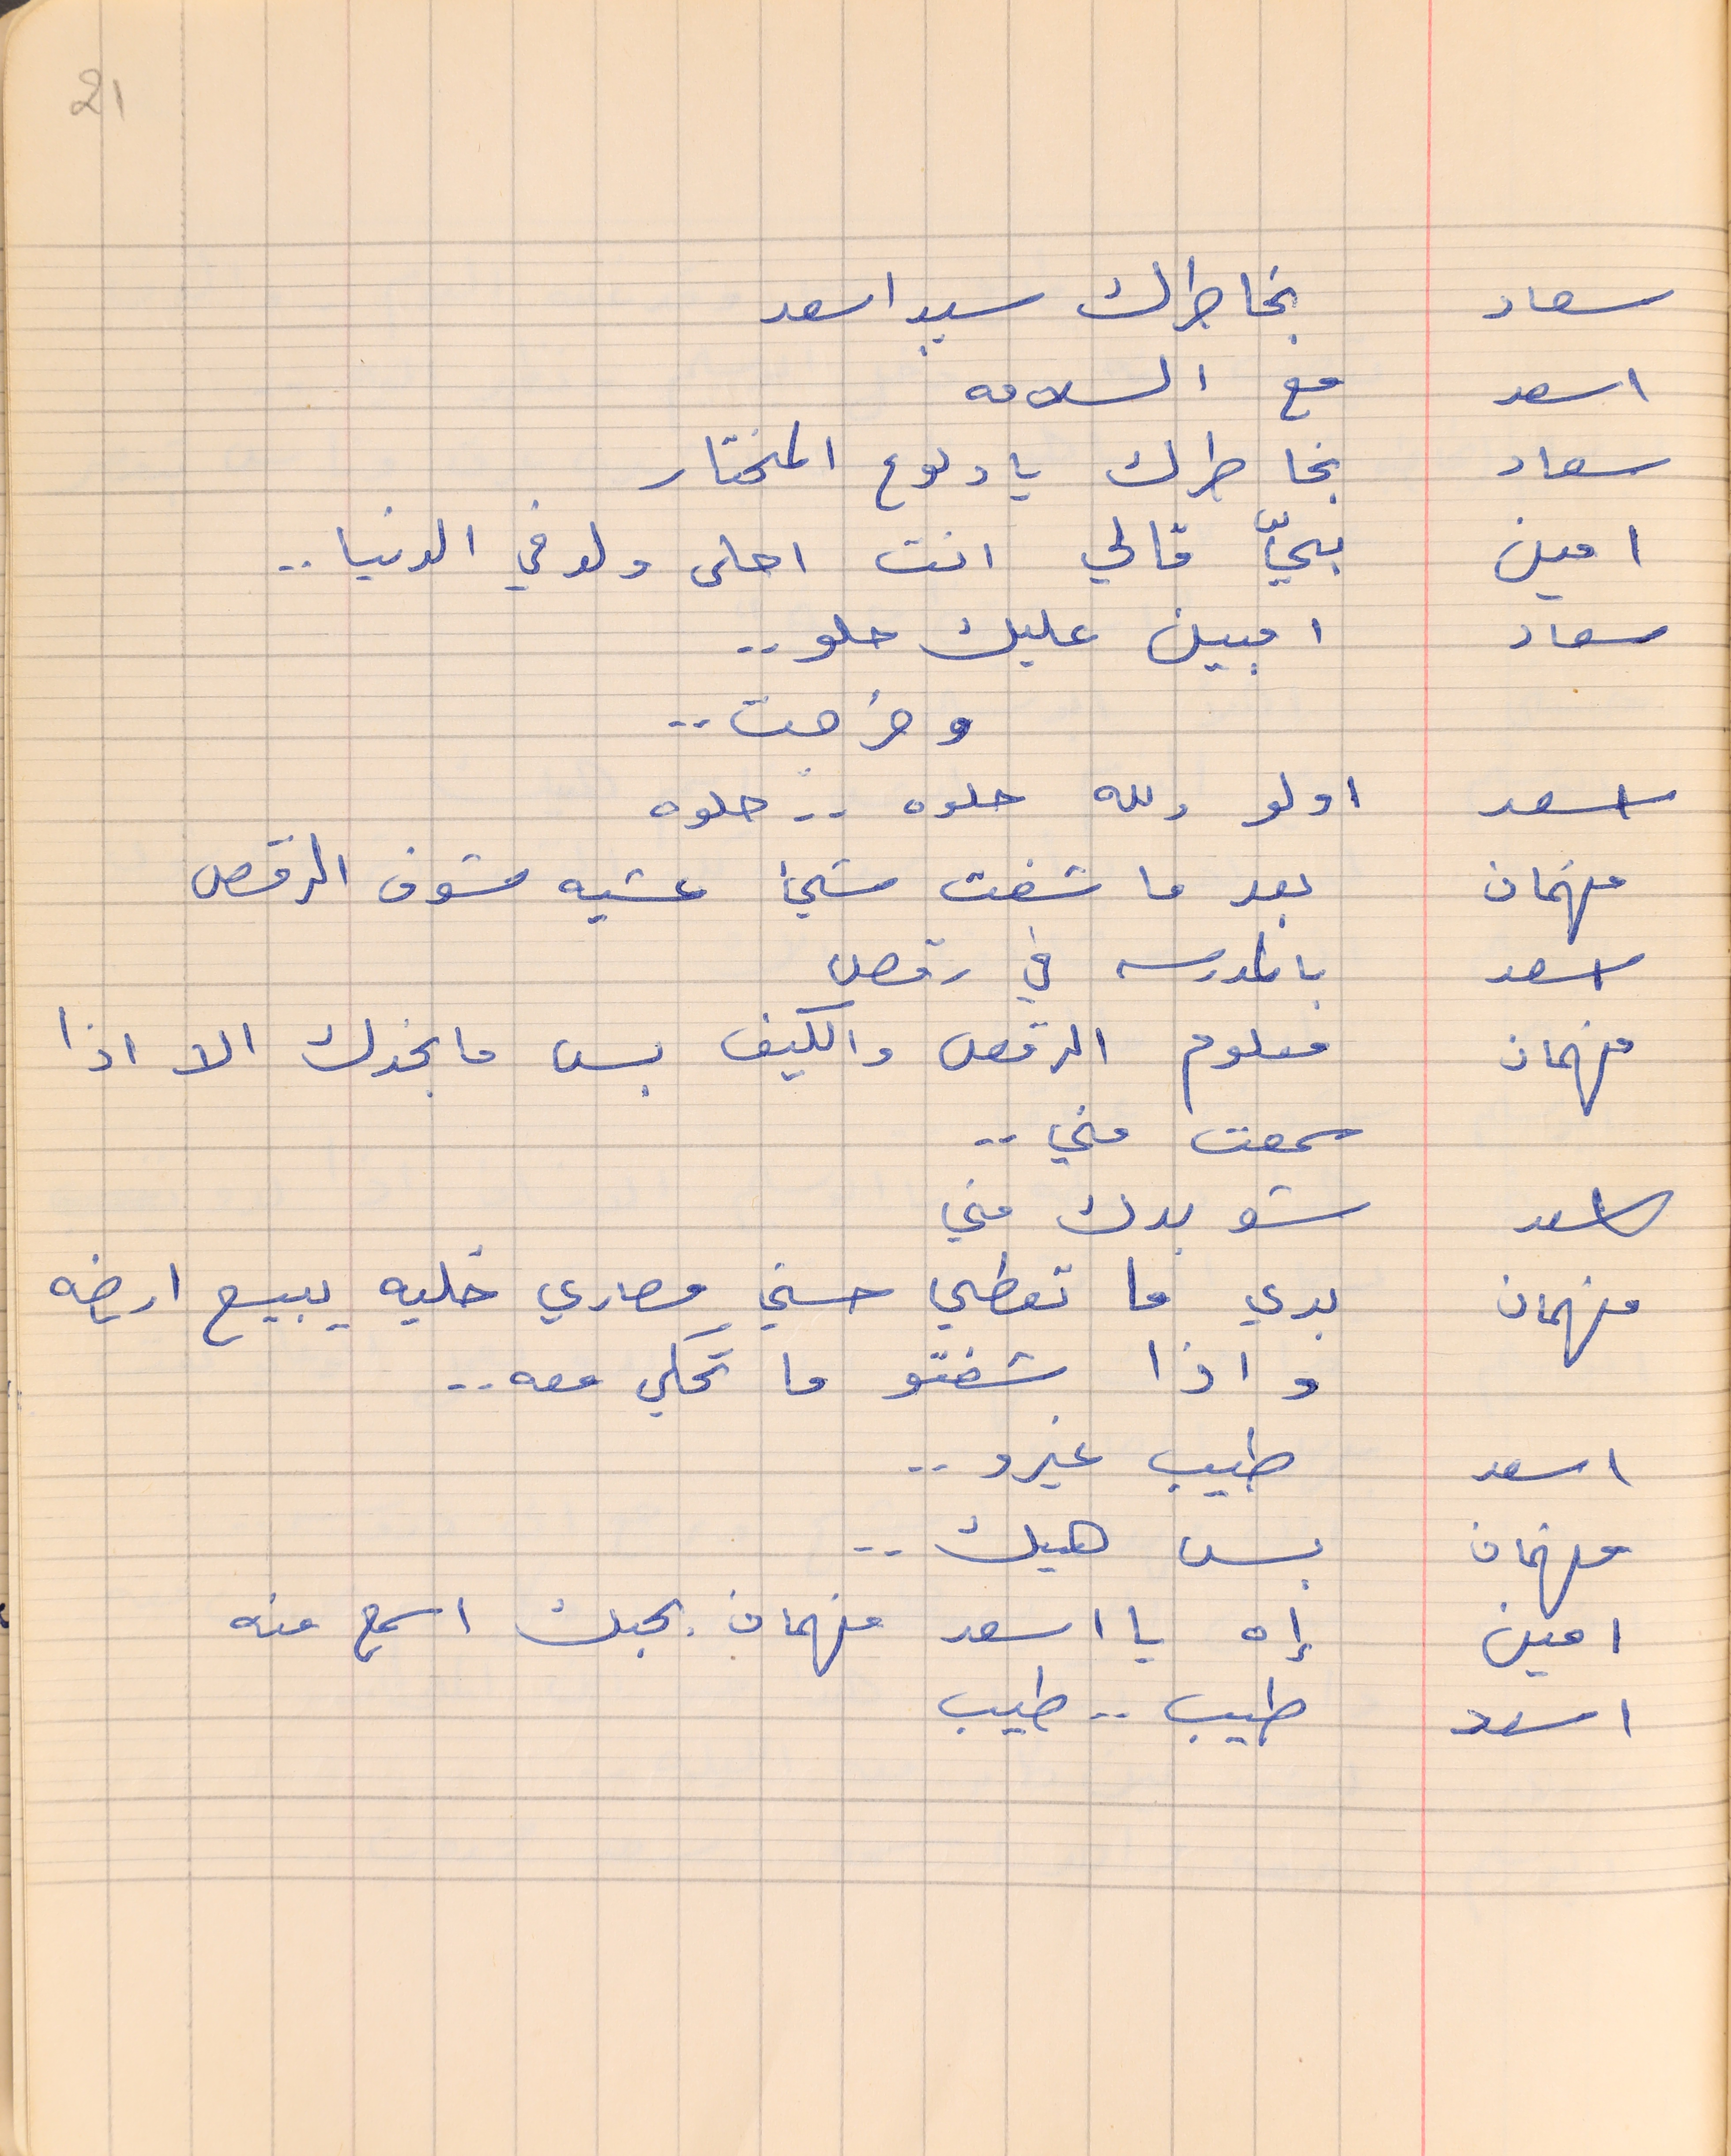
21
سعاد        بخاطرك سيد اسعد
اسعد      مع السلامه
سعاد       بخاطرك يا دلوع المختار
امين      بيّ قالي انت احلى ولد في الدنيا . .
سعاد     امبين عليك حلو . .
وخرجت . .
اسعد        اولو ولله حلوه  . .  حلوه
فهمان    بعد ما شفت شيء عشيه شوف الرقص
اسعد      بالمدرسه في رقص
فهمان      معلوم الرقص والكيف بس ما بخدك الا اذا
سمعت مني . .
 اسعد         شو بدك مني
فهمان       بدي ما تعطي حسني مصاري خليه يبيع ارضه
واذا شفتو ما تحكي معه . .
اسعد       طيب غيرو  . .
فهمان      بس هيك . .
امين        إه يا اسعد فهمان بحبك اسمع منه
اسعد      طيب . . طيب